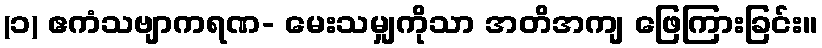
(၁) ဧကံသဗျာကရဏ- မေးသမျှကိုသာ အတိအကျ ဖြေကြားခြင်း။